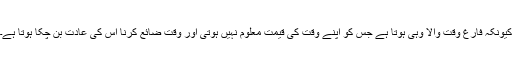
کیونکہ فارغ وقت والا وہی ہوتا ہے جس کو اپنے وقت کی قیمت معلوم نہیں ہوتی اور وقت ضائع کرنا اس کی عادت بن چکا ہوتا ہے۔